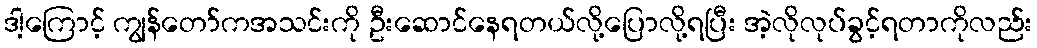
ဒါ့ကြောင့် ကျွန်တော်ကအသင်းကို ဦးဆောင်နေရတယ်လို့ပြောလို့ရပြီး အဲ့လိုလုပ်ခွင့်ရတာကိုလည်း